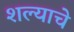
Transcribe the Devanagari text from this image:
शल्याचे